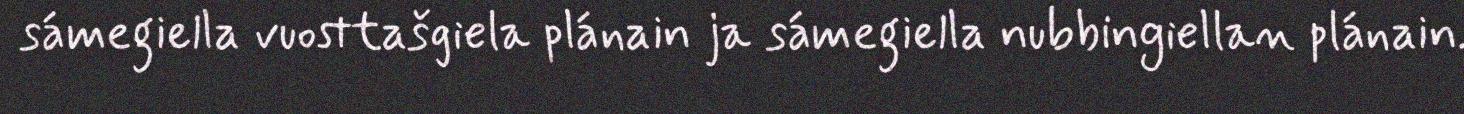
sámegiella vuosttašgiela plánain ja sámegiella nubbingiellan plánain.